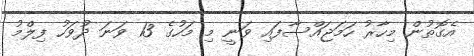
އެގޮތުން މިހާރު ހަމަޖައްސާފައި ވަނީ މި މަހުގެ 13 ވަނަ ދުވަހު ފިލްމު